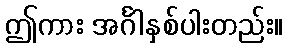
ဤကား အင်္ဂါနှစ်ပါးတည်း။